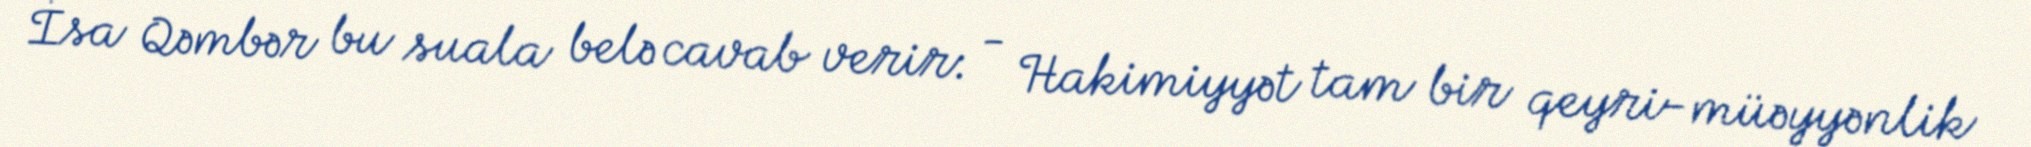
İsa Qəmbər bu suala belə cavab verir: - Hakimiyyət tam bir qeyri-müəyyənlik